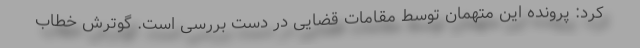
کرد: پرونده این متهمان توسط مقامات قضایی در دست بررسی است. گوترش خطاب